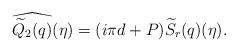
LaTeX: \begin{align*}\widehat{\widetilde{Q}_{2}(q)}(\eta ) = (i \pi d + P) \widetilde{S}_{r}(q)(\eta ).\end{align*}